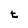
Character: t